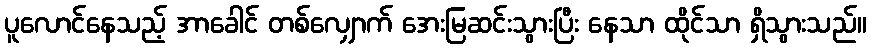
ပူလောင်နေသည့် အာခေါင် တစ်လျှောက် အေးမြဆင်းသွားပြီး နေသာ ထိုင်သာ ရှိသွားသည်။